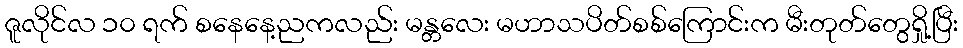
ဇူလိုင်လ ၁၀ ရက် စနေနေ့ညကလည်း မန္တလေး မဟာသပိတ်စစ်ကြောင်းက မီးတုတ်တွေရှို့ပြီး